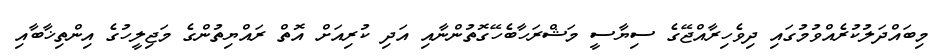
މިބައްދަލުކުރެއްވުމުގައި ދިވެހިރާއްޖޭގެ ސިޔާސީ މަޝްރަހާބެހޭގޮތުންނާއި އަދި ކުރިއަށް އޮތް ރައްޔިތުންގެ މަޖިލީހުގެ އިންތިޚާބާއި